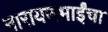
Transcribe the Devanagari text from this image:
नारायणभाईंचा